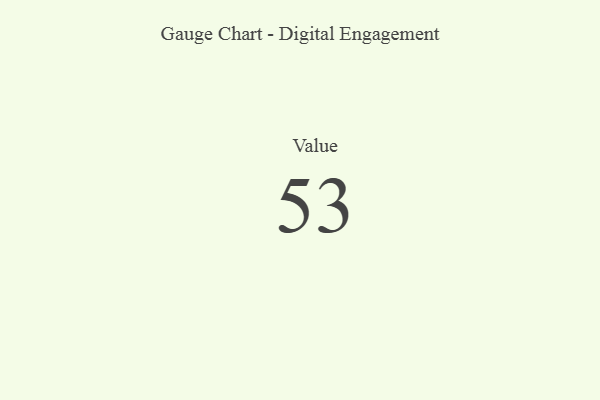
{"axis": {"x": "Metric", "y": "Value"}, "legend": [""], "data": [{"x": "Value", "y": 53, "type": ""}]}